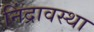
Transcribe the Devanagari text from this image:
निंद्रावस्था